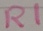
Text: R1